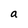
Character: a